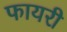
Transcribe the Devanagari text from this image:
फायरी